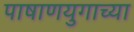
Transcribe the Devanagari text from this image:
पाषाणयुगाच्या